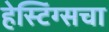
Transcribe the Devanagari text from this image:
हेस्टिंग्सचा